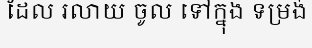
ដែល រលាយ ចូល ទៅក្នុង ទម្រង់